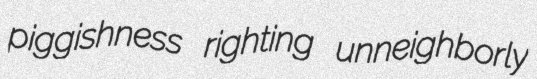
piggishness righting unneighborly